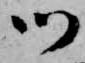
御